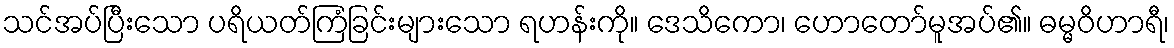
သင်အပ်ပြီးသော ပရိယတ်ကြံခြင်းများသော ရဟန်းကို။ ဒေသိကော၊ ဟောတော်မူအပ်၏။ ဓမ္မဝိဟာရီ၊